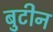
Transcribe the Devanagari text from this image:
बुटीन